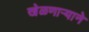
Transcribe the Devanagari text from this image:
खेळणार्‍याने